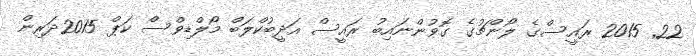
22